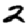
Digit: 2